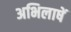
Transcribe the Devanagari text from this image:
अभिलाषें